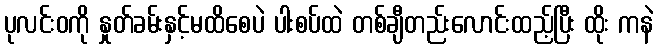
ပုလင်းဝကို နှုတ်ခမ်းနှင့်မထိစေပဲ ပါးစပ်ထဲ တစ်ချီတည်းလောင်းထည့်ပြီး ထိုး ကနဲ